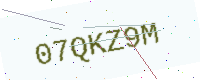
Text: 07QKZ9M